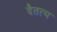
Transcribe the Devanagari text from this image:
दैतत्य